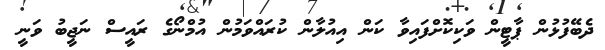
ދެބޭފުޅުން ޕާޓީން ވަކިކޮށްފައިވާ ކަން އިއުލާން ކުރައްވަމުން އުމްނޯގެ ރައީސް ނަޖީބު ވަނީ